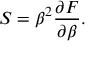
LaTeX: S = \beta ^ { 2 } { \frac { \partial F } { \partial \beta } } .